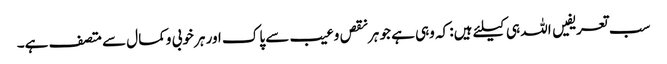
سب تعریفیں اللہ ہی کیلئے ہیں: کہ وہی ہے جو ہرنقص وعیب سے پاک اور ہر خوبی وکمال سے متصف ہے۔